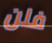
فلن